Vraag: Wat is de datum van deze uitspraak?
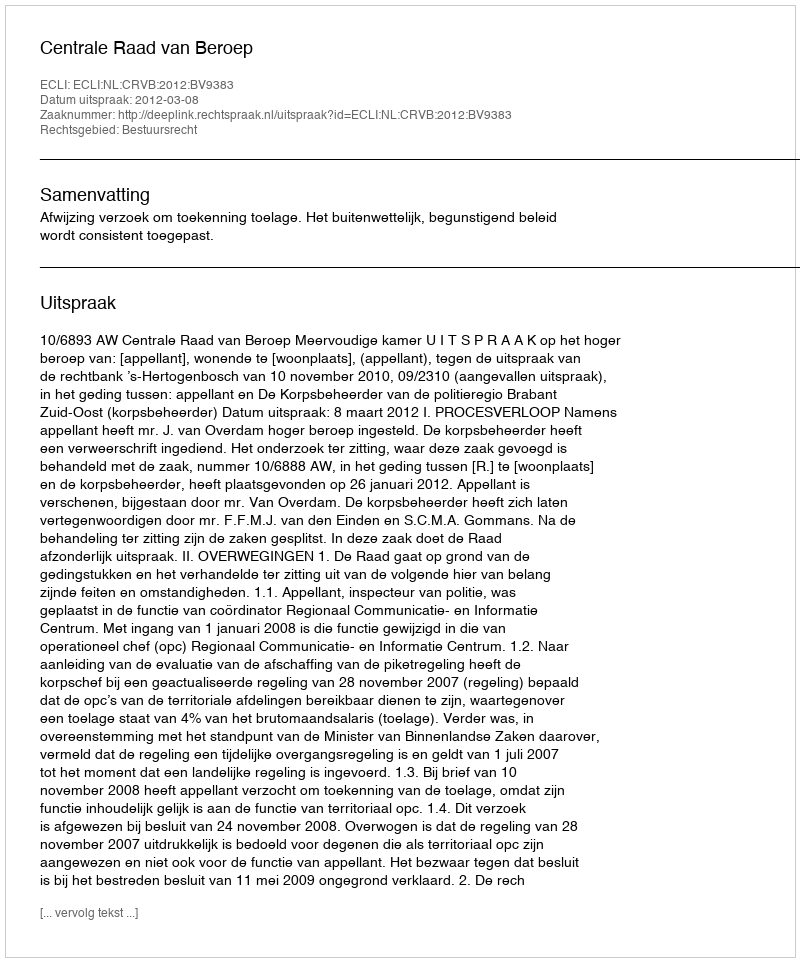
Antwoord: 2012-03-08